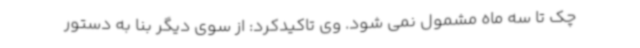
چک تا سه ماه مشمول نمی شود. وی تاکیدکرد: از سوی دیگر بنا به دستور